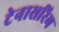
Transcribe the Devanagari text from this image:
टेनासरिम